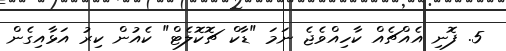
5. ފޮނި އެއްޗެއް ކާހިއްވެޖެ ނަމަ "ޑާކް ޗޮކޮލެޓް" ކެއުން ކިރު އަޅާއިގެން